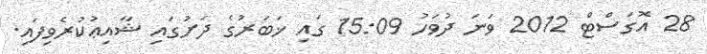
28 އޮގަސްޓް 2012 ވަނަ ދުވަހު 15:09 ގައި ޚަބަރުގެ ދަށުގައި ޝާއިޢުކުރެވިފައި.